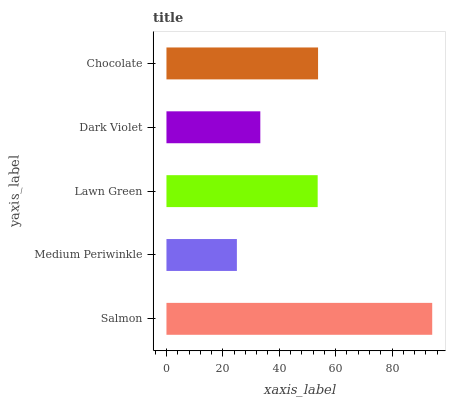
| yaxis_label | bars |
 | --- | --- |
 | Salmon | 94.2 |
 | Medium Periwinkle | 25 |
 | Lawn Green | 53.6 |
 | Dark Violet | 33.3 |
 | Chocolate | 53.8 |